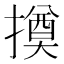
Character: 𢵫